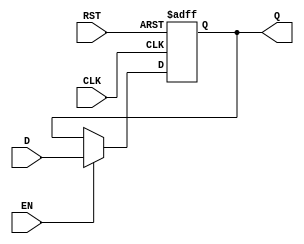
module IntermediateRegister #(
    parameter WIDTH = 8  // Parameterized width of the register
)(
    input wire [WIDTH-1:0] D,   // Data input
    input wire CLK,              // Clock signal
    input wire RST,              // Reset signal
    input wire EN,               // Enable signal (optional)
    output reg [WIDTH-1:0] Q     // Data output
);

// Sequential logic for the Intermediate Register
always @(posedge CLK or posedge RST) begin
    if (RST) begin
        Q <= {WIDTH{1'b0}};  // Reset output to zero
    end else if (EN) begin
        Q <= D;              // Capture input data on clock edge if enabled
    end
    // If not enabled, Q retains its previous value
end

endmodule